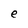
Character: e